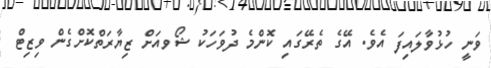
ވަނީ ހުޅުވާލައިފަ އެވެ. އޭގެ ތެރޭގައި ކޮންމެ ދުވަހަކު ޝޯވއަށް ޒިޔާރަތްކޮށްގެން ވިޒިޓް